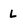
Character: L